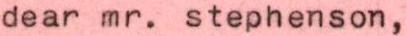
dear mr. stephenson,